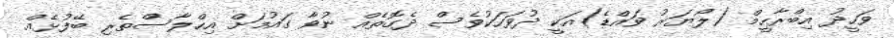
ވަހީދު އިބްރާހީމް (ލޯޔަރު ވައްޑެ)އަކީ ދުވަހަކުވެސް ދެގޮތެއް ނުވާ ގައުމަށް އިހްލާސްތެރި ބޭފުޅެއް